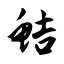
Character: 鲒